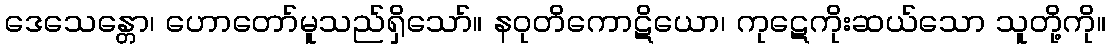
ဒေသေန္တော၊ ဟောတော်မူသည်ရှိသော်။ နဝုတိကောဋိယော၊ ကုဋေကိုးဆယ်သော သူတို့ကို။